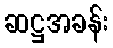
ဆဋ္ဌအခန်း